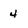
Character: 4